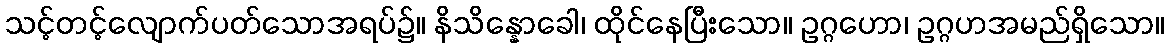
သင့်တင့်လျောက်ပတ်သောအရပ်၌။ နိသိန္နောခေါ၊ ထိုင်နေပြီးသော။ ဥဂ္ဂဟော၊ ဥဂ္ဂဟအမည်ရှိသော။